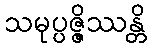
သမုပ္ပဇ္ဇိဿန္တိ